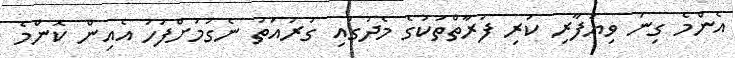
އެންމެ ގިނަ ވިޔަފާރި ކުރި ފަރާތްތަކުގެ މެދުގައި ގުރުއަތު ނެގުމަށްފަހު އެއިން ކޮންމެ